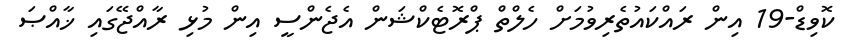
ކޮވިޑް-19 އިން ރައްކައުތެރިވުމަށް ހެލްތް ޕްރޮޓެކްޝަން އެޖެންސީ އިން މުޅި ރާއްޖޭގައި ޚާއްޞަ